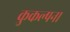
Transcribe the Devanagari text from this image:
कुकल्पना